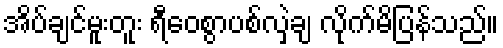
အိပ်ချင်မူးတူး ရီဝေစွာပစ်လှဲချ လိုက်မိပြန်သည်။